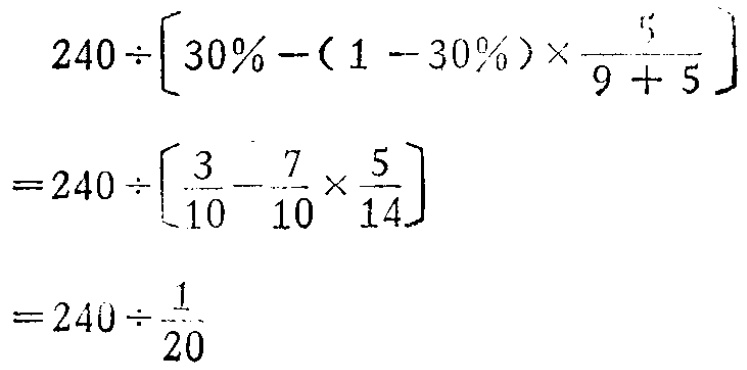
\[

\begin{align*}

&240\div\left[30\%-(1 - 30\%)\times\frac{5}{9 + 5}\right]\\

=&240\div\left[\frac{3}{10}-\frac{7}{10}\times\frac{5}{14}\right]\\

=&240\div\frac{1}{20}

\end{align*}

\]